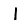
Digit: 1